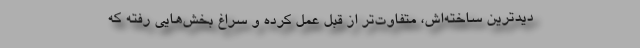
دیدترین ساخته‌اش، متفاوت‌تر از قبل عمل کرده و سراغ بخش‌هایی رفته که